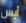
آيس